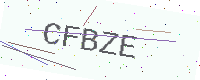
Text: CFBZE